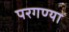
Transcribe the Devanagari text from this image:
परगण्या